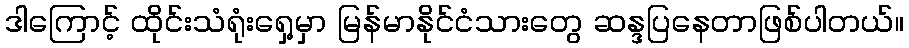
ဒါကြောင့် ထိုင်းသံရုံးရှေ့မှာ မြန်မာနိုင်ငံသားတွေ ဆန္ဒပြနေတာဖြစ်ပါတယ်။